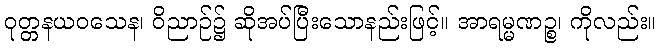
ဝုတ္တနယဝသေန၊ ဝိညာဉ်၌ ဆိုအပ်ပြီးသောနည်းဖြင့်။ အာရမ္မဏဉ္စ၊ ကိုလည်း။